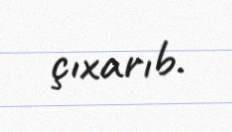
çıxarıb.